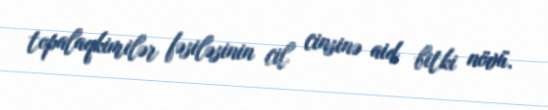
topalaqkimilər fəsiləsinin cil cinsinə aid bitki növü.